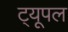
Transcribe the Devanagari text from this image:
ट्यूपल